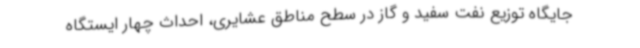
جایگاه توزیع نفت سفید و گاز در سطح مناطق عشایری، احداث چهار ایستگاه